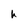
Character: h